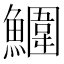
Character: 𩼀